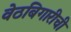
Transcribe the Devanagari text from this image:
वेठबिगारीची